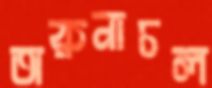
অরুনাচল